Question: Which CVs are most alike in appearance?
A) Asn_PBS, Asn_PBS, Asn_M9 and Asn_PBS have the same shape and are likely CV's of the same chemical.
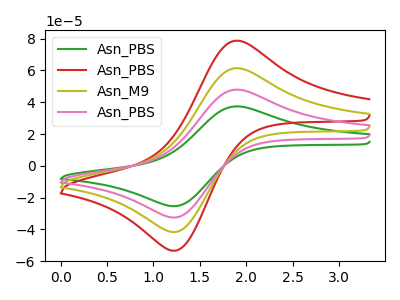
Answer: <think>The green curve "Asn_PBS" has an anodic peak at (1.90V, 37.40uA) and a cathodic peak at (1.25V, -25.25uA). The red curve "Asn_PBS" has an anodic peak at (1.90V, 143.85uA) and a cathodic peak at (1.25V, -97.00uA). The olive curve "Asn_M9" has an anodic peak at (1.90V, 95.90uA) and a cathodic peak at (1.25V, -64.65uA). The pink curve "Asn_PBS" has an anodic peak at (1.90V, 47.95uA) and a cathodic peak at (1.25V, -32.35uA).
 All the peaks in "Asn_PBS" have a peak in "Asn_PBS" at the same potential. Every peak in "Asn_PBS" is lower than every peak in "Asn_PBS". All the peaks in "Asn_PBS" have a peak in "Asn_M9" at the same potential. Every peak in "Asn_PBS" is lower than every peak in "Asn_M9". All the peaks in "Asn_PBS" have a peak in "Asn_PBS" at the same potential. Every peak in "Asn_PBS" is lower than every peak in "Asn_PBS". All the peaks in "Asn_PBS" have a peak in "Asn_M9" at the same potential. Every peak in "Asn_PBS" is higher than every peak in "Asn_M9". All the peaks in "Asn_PBS" have a peak in "Asn_PBS" at the same potential. Every peak in "Asn_PBS" is higher than every peak in "Asn_PBS". All the peaks in "Asn_M9" have a peak in "Asn_PBS" at the same potential. Every peak in "Asn_M9" is higher than every peak in "Asn_PBS".</think>
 <answer>A) "Asn_PBS", "Asn_PBS", "Asn_M9" and "Asn_PBS" have the same shape and are likely CV's of the same chemical.</answer>
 <eval>A</eval>